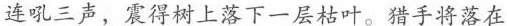
连吼三声，震得树上落下一层枯叶。猎手将落在